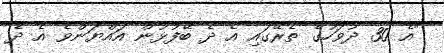
"އެ 30 ދުވަހުގެ ތެރޭގައި އެ ދެ ބޭފުޅުން އައްޔަންވެ އެ ދެ